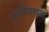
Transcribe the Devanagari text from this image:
पुनर्विवाहाला